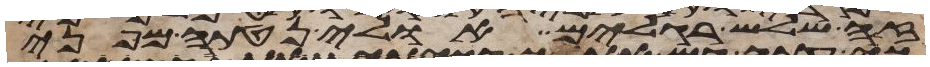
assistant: זה שלש רגלים אולי נטתה מפני